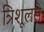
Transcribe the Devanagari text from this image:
त्रिशूलसे